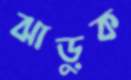
ঝাড়ুক